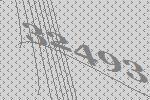
32493